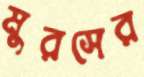
মুরসের